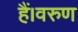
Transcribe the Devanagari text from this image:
हैं।वरुण